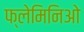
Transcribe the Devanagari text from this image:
फ्लेमिनिओ